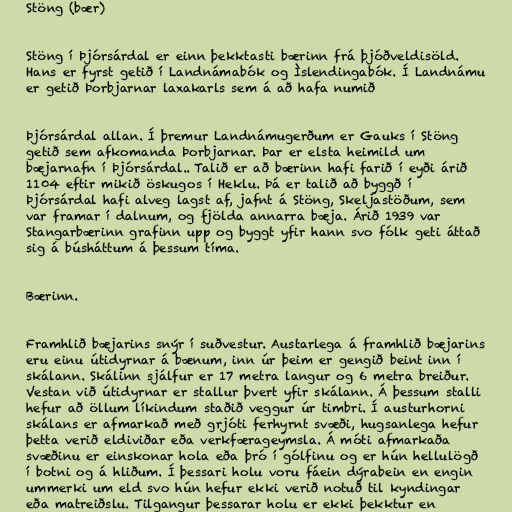
Stöng (bær)

Stöng í Þjórsárdal er einn þekktasti bærinn frá þjóðveldisöld.
Hans er fyrst getið í Landnámabók og Ìslendingabók. Í Landnámu
er getið Þorbjarnar laxakarls sem á að hafa numið

Þjórsárdal allan. Í þremur Landnámugerðum er Gauks í Stöng
getið sem afkomanda Þorbjarnar. Þar er elsta heimild um
bæjarnafn í Þjórsárdal.. Talið er að bærinn hafi farið í eyði árið
1104 eftir mikið öskugos í Heklu. Þá er talið að byggð í
Þjórsárdal hafi alveg lagst af, jafnt á Stöng, Skeljastöðum, sem
var framar í dalnum, og fjölda annarra bæja. Árið 1939 var
Stangarbærinn grafinn upp og byggt yfir hann svo fólk geti áttað
sig á búsháttum á þessum tíma.

Bærinn.

Framhlið bæjarins snýr í suðvestur. Austarlega á framhlið bæjarins
eru einu útidyrnar á bænum, inn úr þeim er gengið beint inn í
skálann. Skálinn sjálfur er 17 metra langur og 6 metra breiður.
Vestan við útidyrnar er stallur þvert yfir skálann. Á þessum stalli
hefur að öllum líkindum staðið veggur úr timbri. Í austurhorni
skálans er afmarkað með grjóti ferhyrnt svæði, hugsanlega hefur
þetta verið eldiviðar eða verkfærageymsla. Á móti afmarkaða
svæðinu er einskonar hola eða þró í gólfinu og er hún hellulögð
í botni og á hliðum. Í þessari holu voru fáein dýrabein en engin
ummerki um eld svo hún hefur ekki verið notuð til kyndingar
eða matreiðslu. Tilgangur þessarar holu er ekki þekktur en